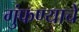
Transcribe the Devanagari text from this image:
गुंफण्याचे